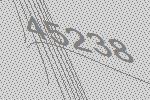
45238